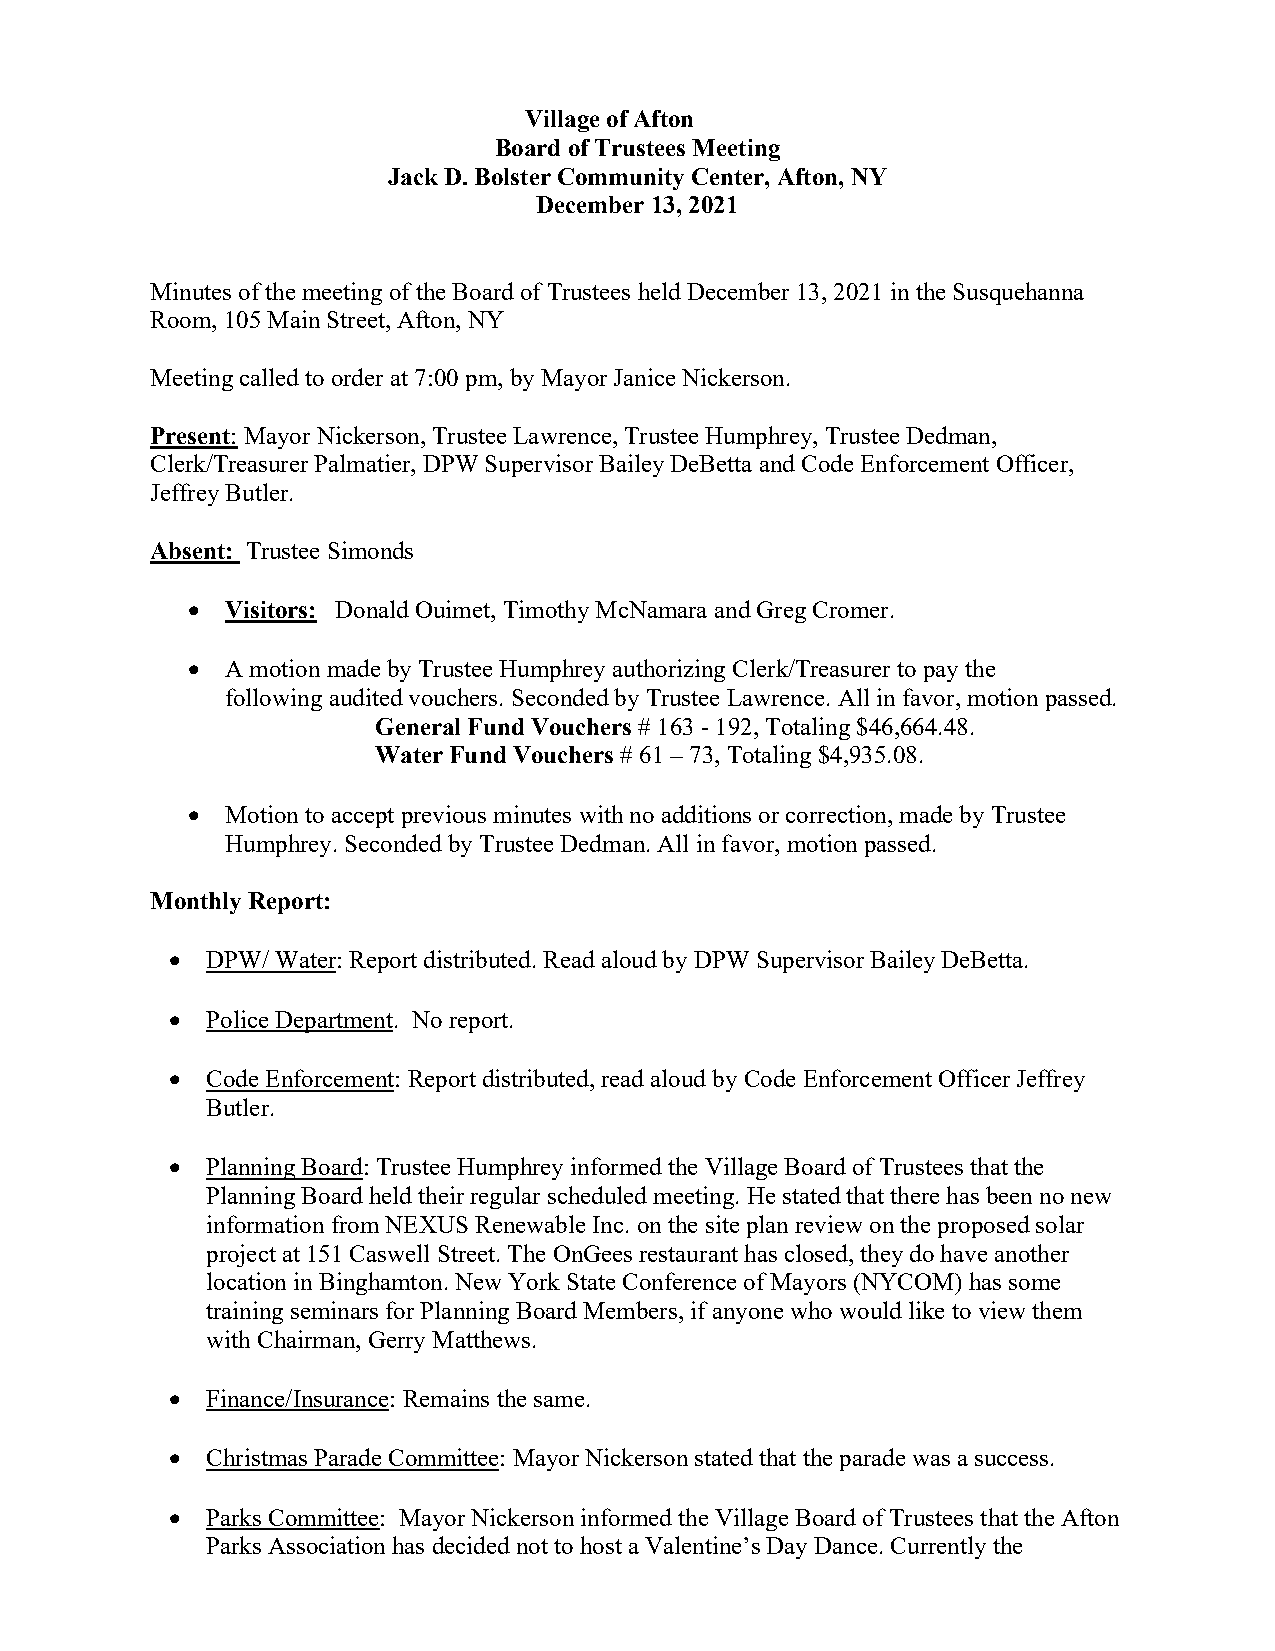
Village of Afton
 Board of Trustees Meeting
 Jack D. Bolster Community Center, Afton, NY
 December 13, 2021
 Minutes of the meeting of the Board of Trustees held December 13, 2021 in the Susquehanna
 Room, 105 Main Street, Afton, NY
 Meeting called to order at 7:00 pm, by Mayor Janice Nickerson.
 Present: Mayor Nickerson, Trustee Lawrence, Trustee Humphrey, Trustee Dedman,
 Clerk/Treasurer Palmatier, DPW Supervisor Bailey DeBetta and Code Enforcement Officer,
 Jeffrey Butler.
 Absent: Trustee Simonds
 •  Visitors: Donald Ouimet, Timothy McNamara and Greg Cromer.
 •  A motion made by Trustee Humphrey authorizing Clerk/Treasurer to pay the
 following audited vouchers. Seconded by Trustee Lawrence. All in favor, motion passed.
 General Fund Vouchers # 163 - 192, Totaling $46,664.48.
 Water Fund Vouchers # 61 – 73, Totaling $4,935.08.
 •  Motion to accept previous minutes with no additions or correction, made by Trustee
 Humphrey. Seconded by Trustee Dedman. All in favor, motion passed.
 Monthly Report:
 •  DPW/ Water: Report distributed. Read aloud by DPW Supervisor Bailey DeBetta.
 •  Police Department. No report.
 •  Code Enforcement: Report distributed, read aloud by Code Enforcement Officer Jeffrey
 Butler.
 •  Planning Board: Trustee Humphrey informed the Village Board of Trustees that the
 Planning Board held their regular scheduled meeting. He stated that there has been no new
 information from NEXUS Renewable Inc. on the site plan review on the proposed solar
 project at 151 Caswell Street. The OnGees restaurant has closed, they do have another
 location in Binghamton. New York State Conference of Mayors (NYCOM) has some
 training seminars for Planning Board Members, if anyone who would like to view them
 with Chairman, Gerry Matthews.
 •  Finance/Insurance: Remains the same.
 •  Christmas Parade Committee: Mayor Nickerson stated that the parade was a success.
 •  Parks Committee: Mayor Nickerson informed the Village Board of Trustees that the Afton
 Parks Association has decided not to host a Valentine’s Day Dance. Currently the